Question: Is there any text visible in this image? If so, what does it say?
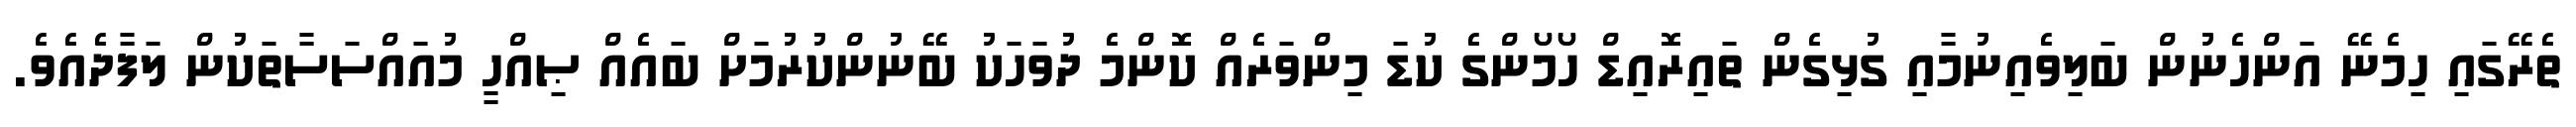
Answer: ތެރޭގައި ހިމެނޭ އަންހެނުން ބަލިވެއިނުމާއި ގުޅިގެން ތައިރޮއިޑް ހޯމޯންގެ ކުޑަ މިންވަރެއް ކޮންމެ ދުވަހަކު ބޭނުންކުރުމަށް ބައެއް ޞިއްހީ މުއައްސަސާތަކުން ލަފާދެއެވެ.